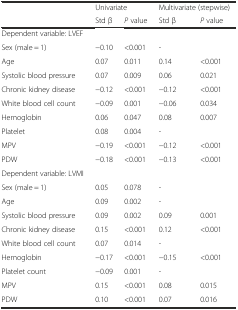
<table><thead><tr><td rowspan="2"></td><td colspan="2"><b>Univariate</b></td><td colspan="2"><b>Multivariate (stepwise)</b></td></tr><tr><td><b>Std β</b></td><td><b><i>P</i> value</b></td><td><b>Std β</b></td><td><b><i>P</i> value</b></td></tr></thead><tbody><tr><td>Dependent variable: LVEF</td><td></td><td></td><td></td><td></td></tr><tr><td>Sex (male = 1)</td><td>−0.10</td><td>&lt;0.001</td><td colspan="2">-</td></tr><tr><td>Age</td><td>0.07</td><td>0.011</td><td>0.14</td><td>&lt;0.001</td></tr><tr><td>Systolic blood pressure</td><td>0.07</td><td>0.009</td><td>0.06</td><td>0.021</td></tr><tr><td>Chronic kidney disease</td><td>−0.12</td><td>&lt;0.001</td><td>−0.12</td><td>&lt;0.001</td></tr><tr><td>White blood cell count</td><td>−0.09</td><td>0.001</td><td>−0.06</td><td>0.034</td></tr><tr><td>Hemoglobin</td><td>0.06</td><td>0.047</td><td>0.08</td><td>0.007</td></tr><tr><td>Platelet</td><td>0.08</td><td>0.004</td><td colspan="2">-</td></tr><tr><td>MPV</td><td>−0.19</td><td>&lt;0.001</td><td>−0.12</td><td>&lt;0.001</td></tr><tr><td>PDW</td><td>−0.18</td><td>&lt;0.001</td><td>−0.13</td><td>&lt;0.001</td></tr><tr><td>Dependent variable: LVMI</td><td></td><td></td><td></td><td></td></tr><tr><td>Sex (male = 1)</td><td>0.05</td><td>0.078</td><td colspan="2">-</td></tr><tr><td>Age</td><td>0.09</td><td>0.002</td><td colspan="2">-</td></tr><tr><td>Systolic blood pressure</td><td>0.09</td><td>0.002</td><td>0.09</td><td>0.001</td></tr><tr><td>Chronic kidney disease</td><td>0.15</td><td>&lt;0.001</td><td>0.12</td><td>&lt;0.001</td></tr><tr><td>White blood cell count</td><td>0.07</td><td>0.014</td><td colspan="2">-</td></tr><tr><td>Hemoglobin</td><td>−0.17</td><td>&lt;0.001</td><td>−0.15</td><td>&lt;0.001</td></tr><tr><td>Platelet count</td><td>−0.09</td><td>0.001</td><td colspan="2">-</td></tr><tr><td>MPV</td><td>0.15</td><td>&lt;0.001</td><td>0.08</td><td>0.015</td></tr><tr><td>PDW</td><td>0.10</td><td>&lt;0.001</td><td>0.07</td><td>0.016</td></tr></tbody></table>